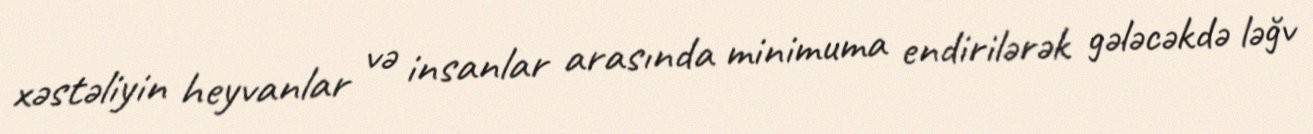
xəstəliyin heyvanlar və insanlar arasında minimuma endirilərək gələcəkdə ləğv